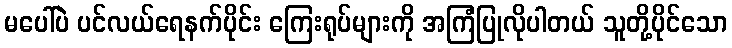
မပေါ်ပဲ ပင်လယ်ရေနက်ပိုင်း ကြေးရုပ်များကို အကြံပြုလိုပါတယ် သူတို့ပိုင်သော